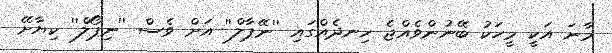
މާނަ އަކީ މީހަކު ބޭނުންވެއްޖެ ހިނދެއްގައި ''ނޭޕާލް'' އަށް ވެސް ''ނިޕޯލް'' ކިޔާށޭ